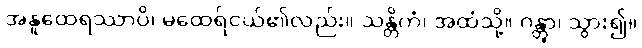
အနူထေရဿာပိ၊ မထေရ်ငယ်၏လည်း။ သန္တိကံ၊ အထံသို့။ ဂန္တွာ၊ သွား၍။